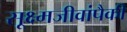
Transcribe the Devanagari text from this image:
सूक्ष्मजीवांपैकी